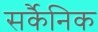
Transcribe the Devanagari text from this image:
सर्कैनिक